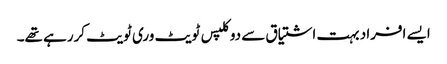
ایسے افراد بہت اشتیاق سے دوکلپس ٹویٹ وری ٹویٹ کررہے تھے۔